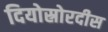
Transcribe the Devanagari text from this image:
दियोस्रोरदीस